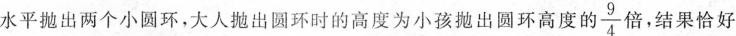
水平抛出两个小圆环，大人抛出圆环时的高度为小孩抛出圆环高度的 \frac{9}{4} 倍，结果恰好